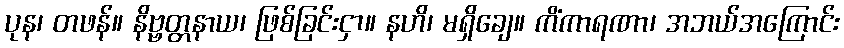
ပုန၊ တဖန်။ နိဗ္ဗတ္တနာယ၊ ဖြစ်ခြင်းငှာ။ နဟိ၊ မရှိချေ။ ကိံကာရဏာ၊ အဘယ်အကြောင်း